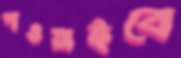
পাওয়াইবে